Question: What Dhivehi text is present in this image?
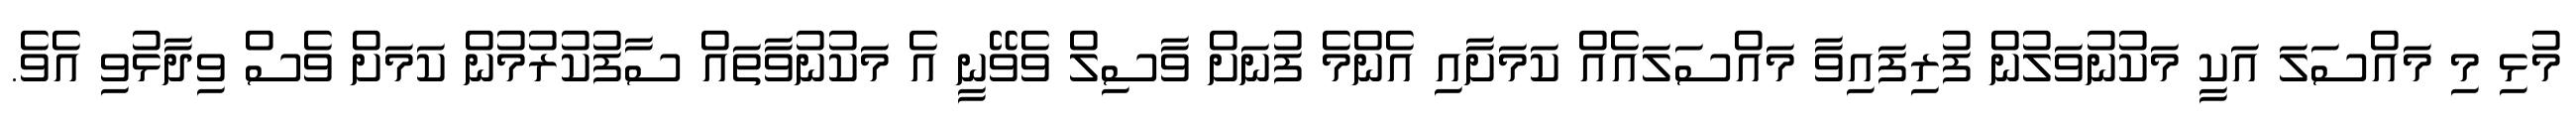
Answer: މުޅި މި މައްސަލަ އަކީ މަކުނުވަލުން ފުރިފައިވާ މައްސަލައެއް ކަމަށާއި އެންމެ ފުނަށް ވާސިލް ވެވޭނީ އެ މަކުނުވާތައް ސާފުކުރުމުން ކަމަށް ވެސް ވިދާޅުވި އެވެ.